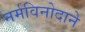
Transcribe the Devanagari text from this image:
नर्मविनोदाने